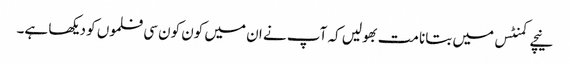
نیچے کمنٹس میں بتانا مت بھولیں کہ آپ نے ان میں کون کون سی فلموں کو دیکھا ہے۔